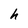
Character: h